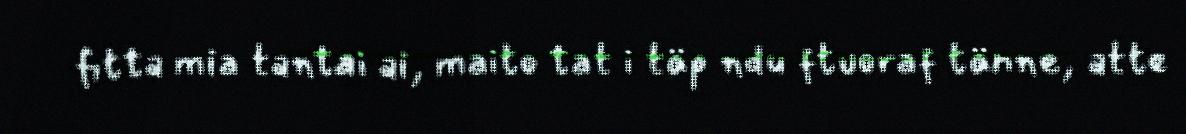
fitta mia tantai ai, maito tat i täp ndu ftuoraf tänne, atte